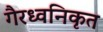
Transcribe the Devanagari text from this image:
गैरध्वनिकृत